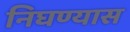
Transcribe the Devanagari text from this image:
निघण्यास